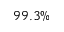
9 9 . 3 \%